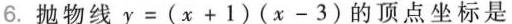
6.抛物线 $$y = ( x + 1 ) ( x - 3 )$$的顶点坐标是